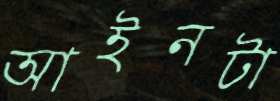
আইনটা